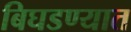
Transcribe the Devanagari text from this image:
बिघडण्यात